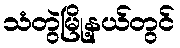
သံတွဲမြို့နယ်တွင်